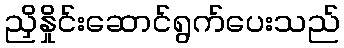
ညှိနှိုင်းဆောင်ရွက်ပေးသည်